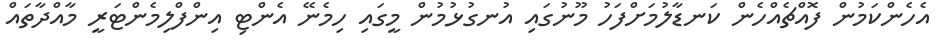
އެހެންކަމުން ފޮއްޗެއްހެން ކަނޑާލުމަށްފަހު މޫނުގައި އުނގުޅުމުން މީގައި ހިމެނޭ އެންޓި އިންފްލިމެންޓަރީ މާއްދާތައް